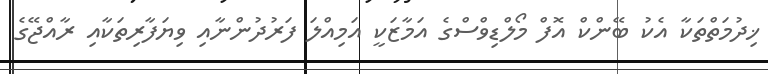
ޚިދުމަތްތަކާ އެކު ބޭންކް އޮފް މޯލްޑިވްސްގެ އަމާޒަކީ އަމިއްލަ ފަރުދުންނާއި ވިޔަފާރިތަކާއި ރާއްޖޭގެ